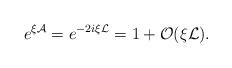
LaTeX: \begin{align*}e^{\xi\mathcal{A}} = e^{- 2i \xi \mathcal{L}} = 1 + \mathcal{O}(\xi \mathcal{L}).\end{align*}